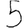
Digit: 5